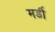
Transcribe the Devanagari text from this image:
मर्डी